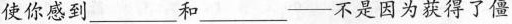
使你感到 ___ 和 ___ ——不是因为获得了僵